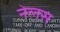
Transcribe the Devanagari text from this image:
नेलस